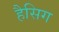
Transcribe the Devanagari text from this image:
हैसिग